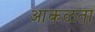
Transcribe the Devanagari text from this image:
आकळता